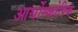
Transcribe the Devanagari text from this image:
आर्थोस्कोपिक